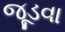
જૂડવા